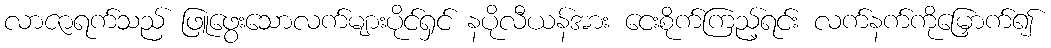
လာဇာရက်သည် ဖြူဖွေးသောလက်များပိုင်ရှင် နပိုလီယန်အား ငေးစိုက်ကြည့်ရင်း လက်နက်ကိုမြှောက်၍